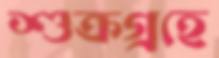
শুক্রগ্রহে